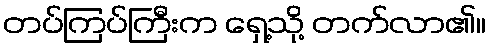
တပ်ကြပ်ကြီးက ရှေ့သို့ တက်လာ၏။